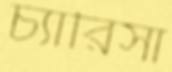
চ্যারিসা